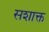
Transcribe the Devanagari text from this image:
सशाक्त